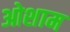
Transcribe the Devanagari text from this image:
ओशाम